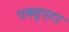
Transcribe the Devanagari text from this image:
एक्चुएटर